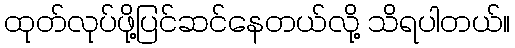
ထုတ်လုပ်ဖို့ပြင်ဆင်နေတယ်လို့ သိရပါတယ်။